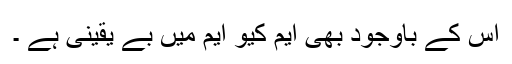
اس کے باوجود بھی ایم کیو ایم میں بے یقینی ہے ۔